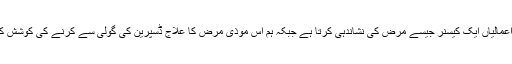
ہماری حکمرانی میں موجود بداعمالیاں ایک کیسنر جیسے مرض کی نشاندہی کرتا ہے جبکہ ہم اس موذی مرض کا علاج ڈسپرین کی گولی سے کرنے کی کوشش کرتے ہیں جو یقینا بے سود ہے۔